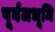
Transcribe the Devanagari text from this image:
पूर्वजभूमि